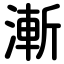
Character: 漸